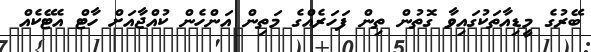
ބޭރުގެ މީޑިއާތަކުގައިވާ ގޮތުން ތިން ފަހަރެއްގެ މަތިން އަންހެން ކުއްޖާއަށް ހާޓް އެޓޭކެއް